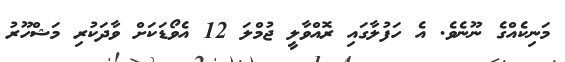
މަނިކެއްގެ ނޫނެވެ. އެ ހަފުލާގައި ރޮއްވާލީ ޖުމްލަ 12 އެވޯޑަކަށް ވާދަކުރި މަޝްހޫރު